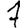
Digit: 7